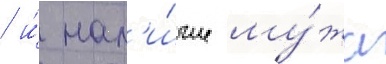
/ и́ нал'и́чие му́жа